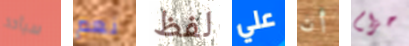
سيأخذ نعم لفظ علي أن حزام